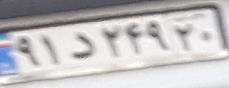
۹۱د۲۴۹۲۰